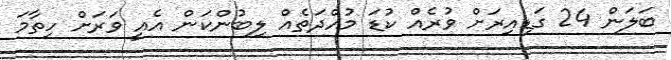
ބަލަން 24 ގަޑިއިރަށް ވުރެއް ކުޑަ މުއްދަތެއް ލިބުންކަން އެއީ ވަރަށް ހިތާމަ